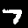
Label: 7